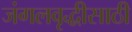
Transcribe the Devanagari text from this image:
जंगलवृद्धीसाठी